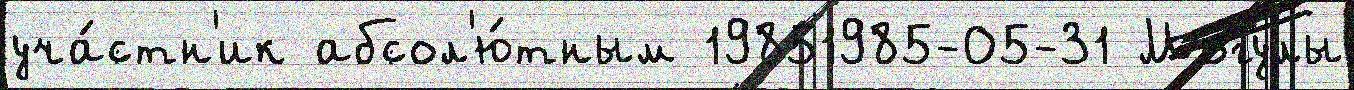
уча́стн'ик абсол'ю́тным 19851985-05-31 Могулы